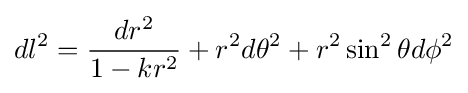
dl^{2}={\frac {dr^{2}}{1-k{r^{2}}}}+r^{2}d\theta ^{2}+r^{2}\sin ^{2}\theta d\phi ^{2}